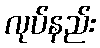
လုပ်နည်း